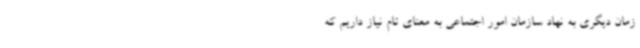
زمان دیگری به نهاد سازمان امور اجتماعی به معنای تام نیاز داریم که